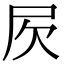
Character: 𣢂